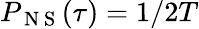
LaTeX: P_{\mathrm{~N~S~}}(\tau)=1/2T